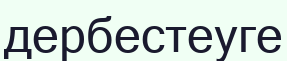
дербестеуге